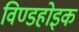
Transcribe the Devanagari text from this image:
विण्डहोइक